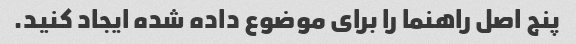
پنج اصل راهنما را برای موضوع داده شده ایجاد کنید.